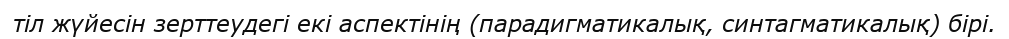
тіл жүйесін зерттеудегі екі аспектінің (парадигматикалық, синтагматикалық) бірі.